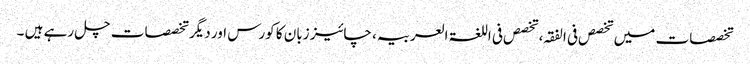
تخصصات میں تخصص فی الفقہ، تخصص فی اللغۃ العربیہ، چائیز زبان کا کورس اور دیگر تخصصات چل رہے ہیں ۔